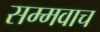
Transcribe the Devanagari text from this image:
सम्मवाच